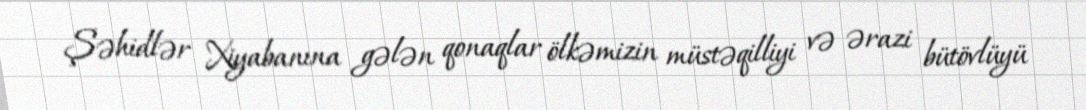
Şəhidlər Xiyabanına gələn qonaqlar ölkəmizin müstəqilliyi və ərazi bütövlüyü